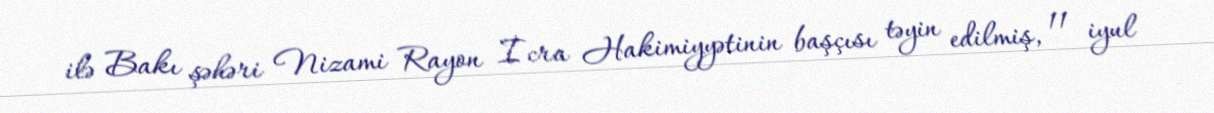
ilə Bakı şəhəri Nizami Rayon İcra Hakimiyyətinin başçısı təyin edilmiş, 11 iyul